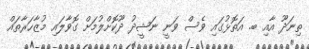
ތިނަދޫ އާއި ބ. އަތޮޅުގައި ވެސް ވަނީ ނަޝީދު ދޫކޮށްލުމަށް ގޮވާލައި މުޒާހަރާތައް